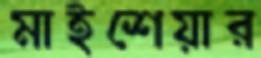
মাইশেয়ার